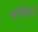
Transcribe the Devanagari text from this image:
पछोरने